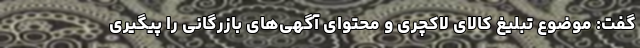
گفت: موضوع تبلیغ کالای لاکچری و محتوای آگهی‌های بازرگانی را پیگیری